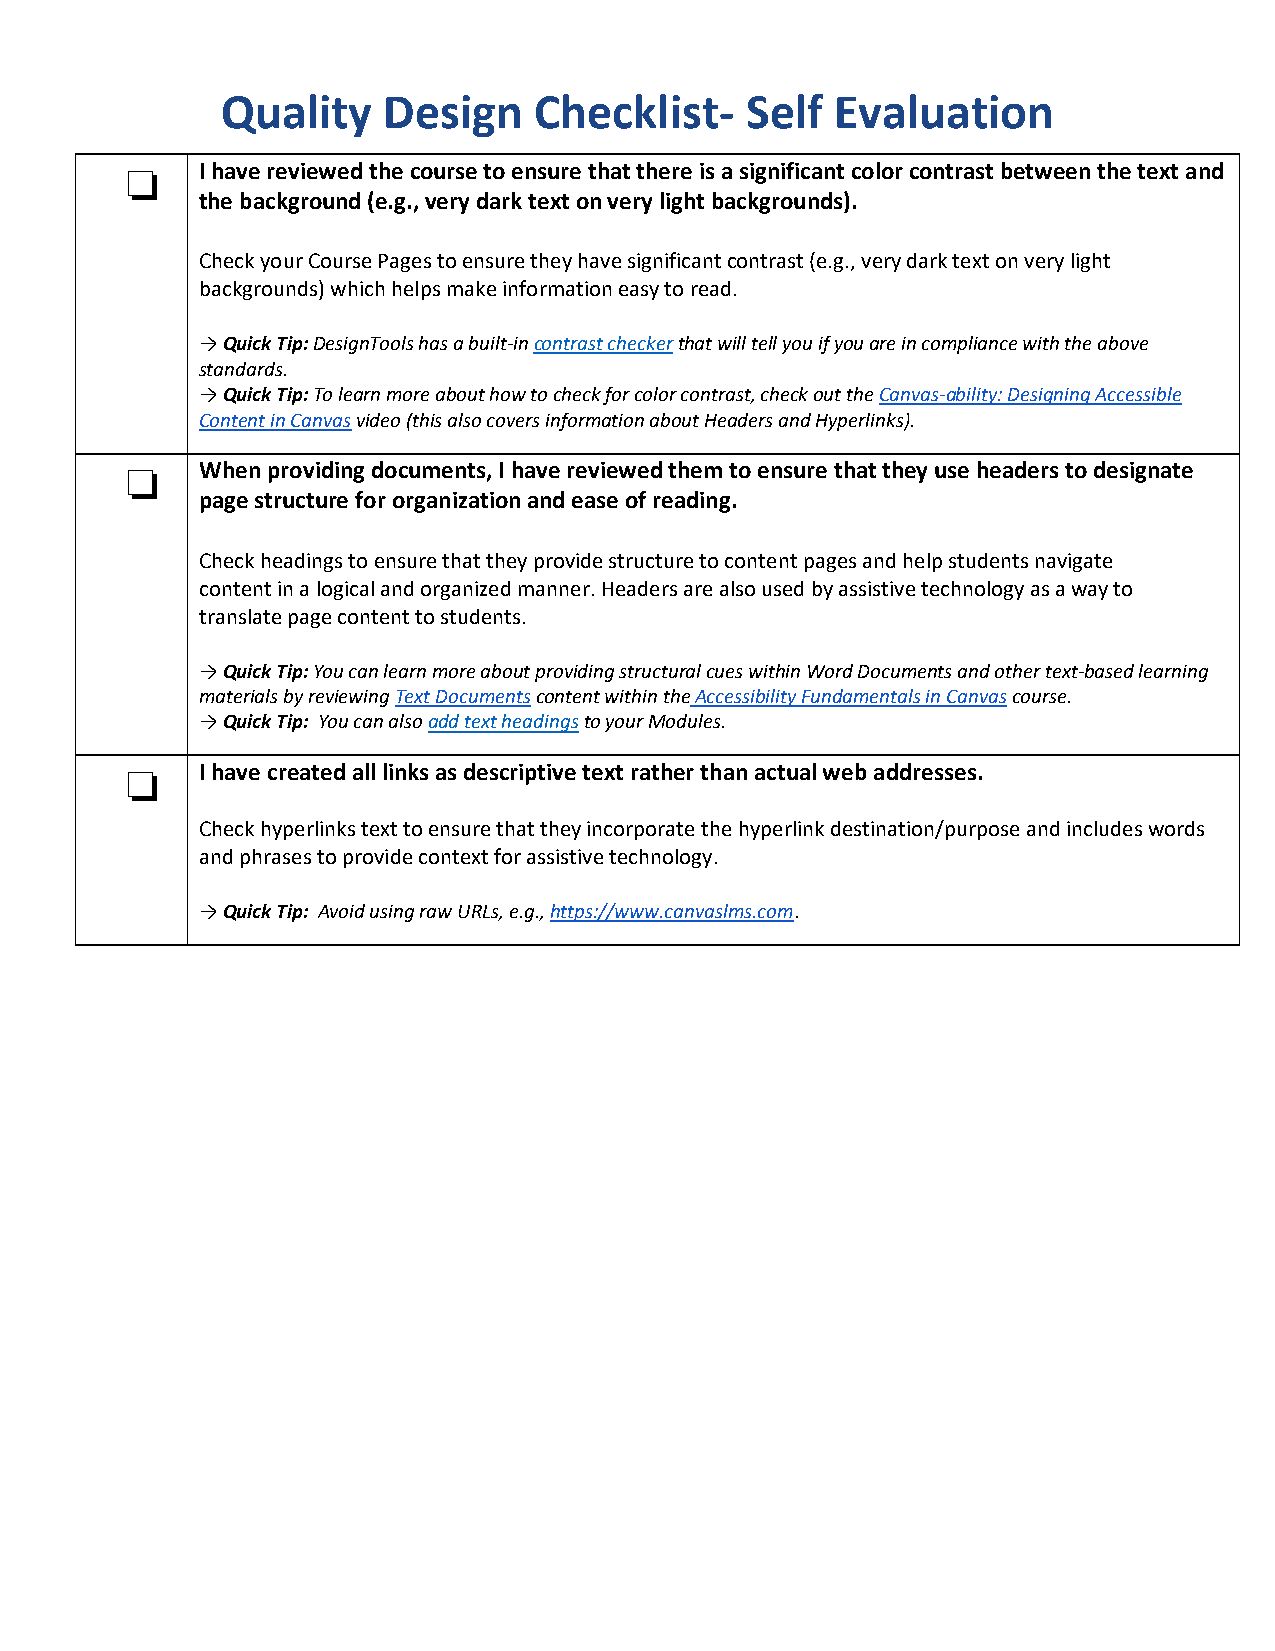
Quality   Design    Checklist-    Self  Evaluation
 I have reviewed the course to ensure that there is a significant color contrast between the text and
 ❏    the background (e.g., very dark text on very light backgrounds).
 Check your Course Pages to ensure they have significant contrast (e.g., very dark text on very light
 backgrounds) which helps make information easy to read.
 → Quick Tip: DesignTools has a built-in contrast checker that will tell you if you are in compliance with the above
 standards.
 → Quick Tip: To learn more about how to check for color contrast, check out the Canvas-ability: Designing Accessible
 Content in Canvas video (this also covers information about Headers and Hyperlinks).
 When providing documents, I have reviewed them to ensure that they use headers to designate
 ❏    page structure for organization and ease of reading.
 Check headings to ensure that they provide structure to content pages and help students navigate
 content in a logical and organized manner. Headers are also used by assistive technology as a way to
 translate page content to students.
 → Quick Tip: You can learn more about providing structural cues within Word Documents and other text-based learning
 materials by reviewing Text Documents content within the Accessibility Fundamentals in Canvas course.
 → Quick Tip: You can also add text headings to your Modules.
 I have created all links as descriptive text rather than actual web addresses.
 ❏
 Check hyperlinks text to ensure that they incorporate the hyperlink destination/purpose and includes words
 and phrases to provide context for assistive technology.
 → Quick Tip: Avoid using raw URLs, e.g., https://www.canvaslms.com.